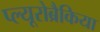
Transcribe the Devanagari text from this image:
प्ल्यूरोब्रैकिया